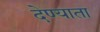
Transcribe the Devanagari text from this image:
देण्याता